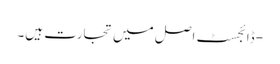
- ڈائجسٹ اصل میں تجارت ہیں۔